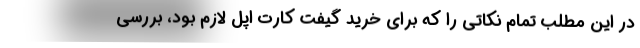
در این مطلب تمام نکاتی را که برای خرید گیفت کارت اپل لازم بود، بررسی